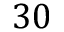
3 0